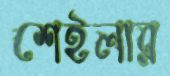
শেইলার